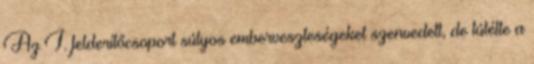
Az I. felderítőcsoport súlyos emberveszteségeket szenvedett, de túlélte a